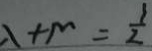
\lambda + m = \frac { 1 } { 2 }